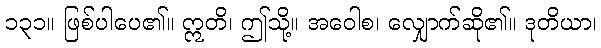
၁၃၁။ ဖြစ်ပါပေ၏။ ဣတိ၊ ဤသို့။ အဝေါစ၊ လျှောက်ဆို၏။ ဒုတိယာ၊